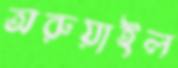
অরুয়াইল